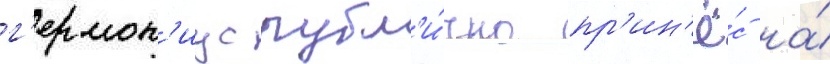
г'ермон'иус публ'и́чно пр'ин'ё́с на́